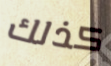
كذلك